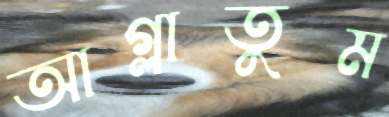
আগ্‌লাতুম